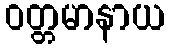
ဝတ္တမာနာယ